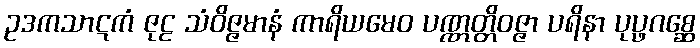
ဥဒကသာဋကံ ဇုဠ သံဝိဇ္ဇမာနံ ကာရိယမေဝ ပဏ္ဏတ္တိဝဇ္ဇာ ပရိနာ ပုပ္ဖဂစ္ဆေ